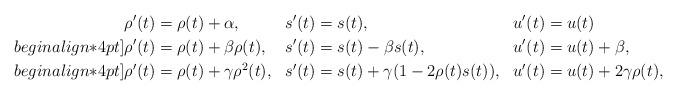
LaTeX: \begin{align*}&\rho'(t)=\rho(t)+\alpha, && s'(t)=s(t), && u'(t)=u(t)\\begin{align*}4pt]&\rho'(t)=\rho(t)+\beta \rho(t), && s'(t)=s(t)-\beta s(t), && u'(t)=u(t)+\beta,\\begin{align*}4pt]&\rho'(t)=\rho(t)+\gamma \rho^2(t), && s'(t)=s(t)+\gamma(1-2\rho(t) s(t)), && u'(t)=u(t)+2\gamma \rho(t),\end{align*}